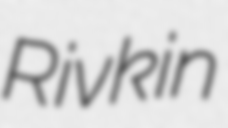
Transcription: Rivkin